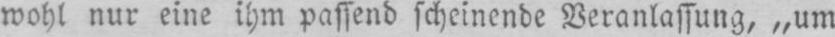
wohl nur eine ihm passend scheinende Veranlassung, „um